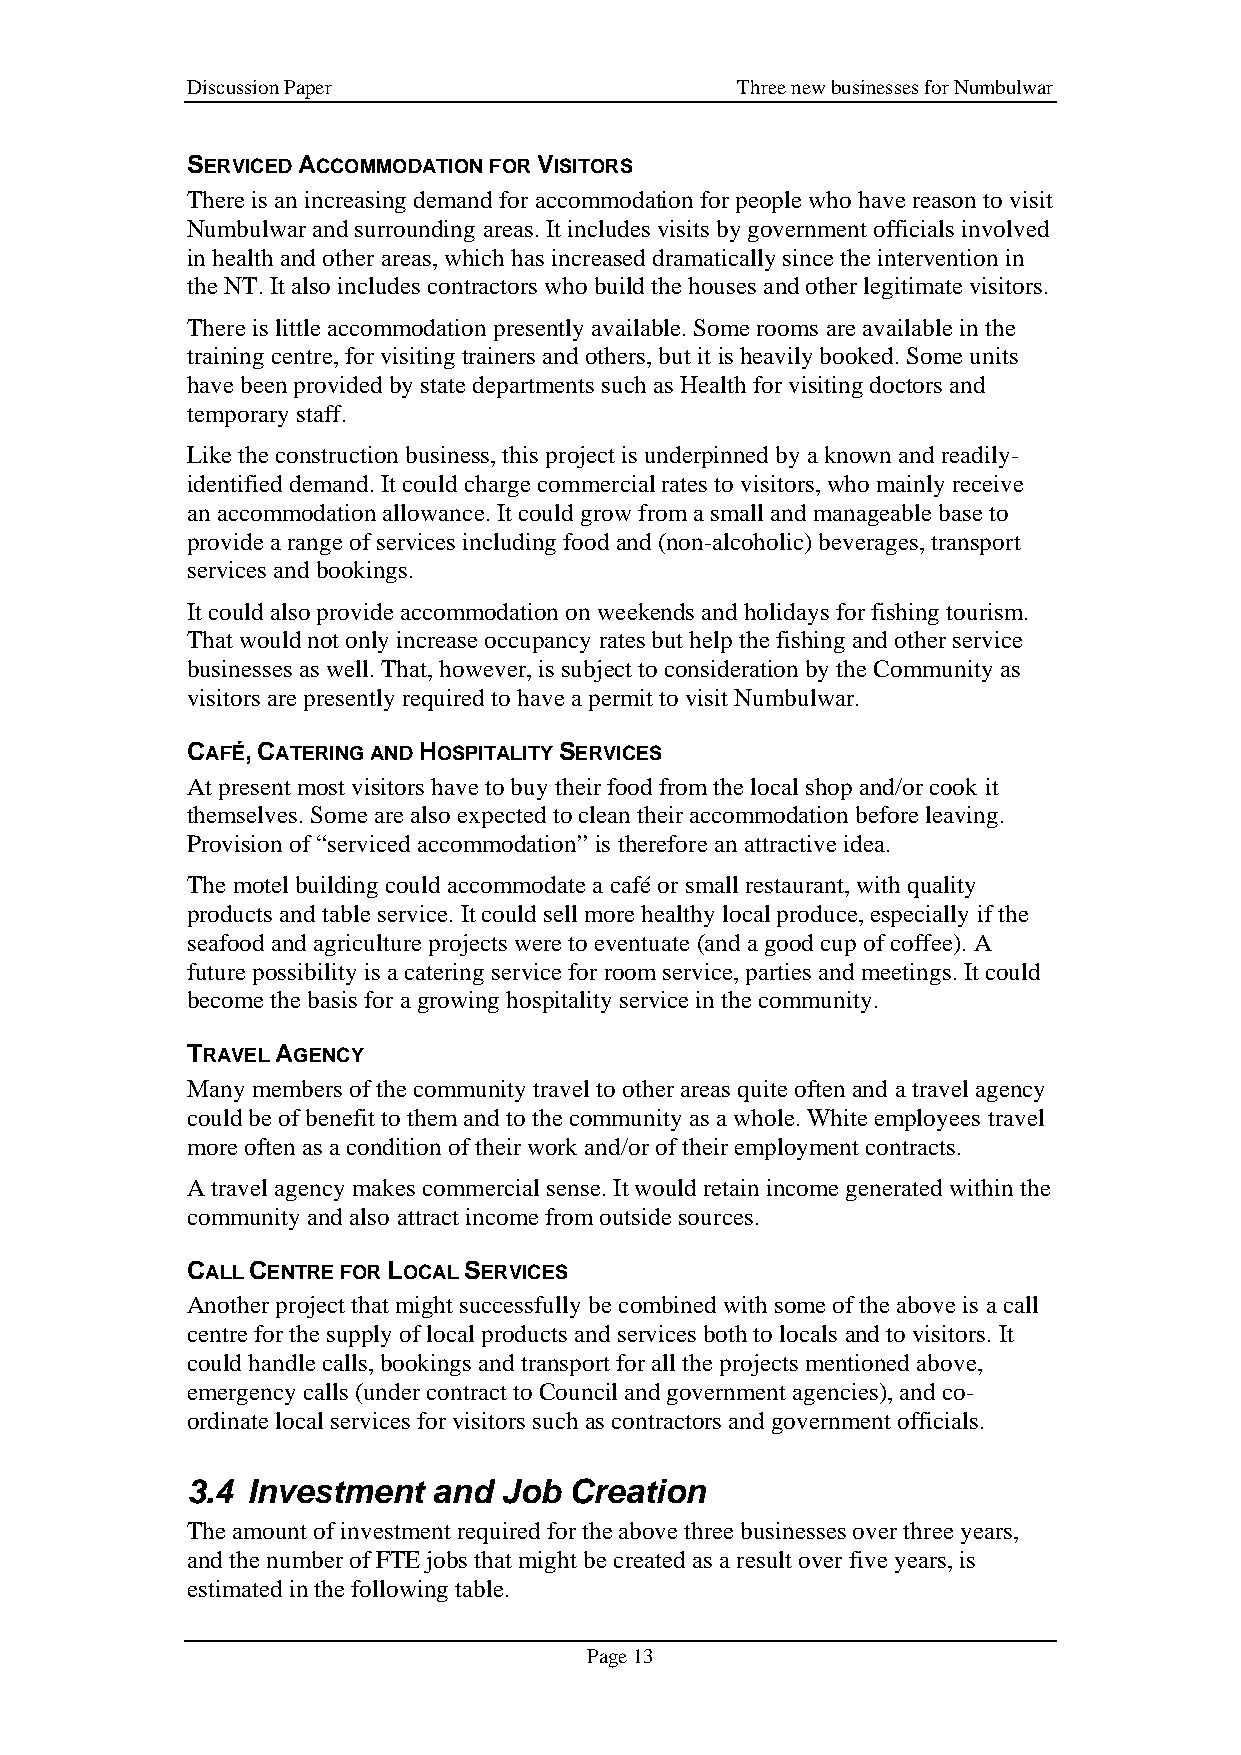
Discussion Paper                     Three new businesses for Numbulwar
 SERVICED ACCOMMODATION FOR VISITORS
 There is an increasing demand for accommodation for people who have reason to visit
 Numbulwar and surrounding areas. It includes visits by government officials involved
 in health and other areas, which has increased dramatically since the intervention in
 the NT. It also includes contractors who build the houses and other legitimate visitors.
 There is little accommodation presently available. Some rooms are available in the
 training centre, for visiting trainers and others, but it is heavily booked. Some units
 have been provided by state departments such as Health for visiting doctors and
 temporary staff.
 Like the construction business, this project is underpinned by a known and readily-
 identified demand. It could charge commercial rates to visitors, who mainly receive
 an accommodation allowance. It could grow from a small and manageable base to
 provide a range of services including food and (non-alcoholic) beverages, transport
 services and bookings.
 It could also provide accommodation on weekends and holidays for fishing tourism.
 That would not only increase occupancy rates but help the fishing and other service
 businesses as well. That, however, is subject to consideration by the Community as
 visitors are presently required to have a permit to visit Numbulwar.
 CAFÉ, CATERING AND HOSPITALITY SERVICES
 At present most visitors have to buy their food from the local shop and/or cook it
 themselves. Some are also expected to clean their accommodation before leaving.
 Provision of “serviced accommodation” is therefore an attractive idea.
 The motel building could accommodate a café or small restaurant, with quality
 products and table service. It could sell more healthy local produce, especially if the
 seafood and agriculture projects were to eventuate (and a good cup of coffee). A
 future possibility is a catering service for room service, parties and meetings. It could
 become the basis for a growing hospitality service in the community.
 TRAVEL AGENCY
 Many members of the community travel to other areas quite often and a travel agency
 could be of benefit to them and to the community as a whole. White employees travel
 more often as a condition of their work and/or of their employment contracts.
 A travel agency makes commercial sense. It would retain income generated within the
 community and also attract income from outside sources.
 CALL CENTRE FOR LOCAL SERVICES
 Another project that might successfully be combined with some of the above is a call
 centre for the supply of local products and services both to locals and to visitors. It
 could handle calls, bookings and transport for all the projects mentioned above,
 emergency calls (under contract to Council and government agencies), and co-
 ordinate local services for visitors such as contractors and government officials.
 3.4 Investment   and Job  Creation
 The amount of investment required for the above three businesses over three years,
 and the number of FTE jobs that might be created as a result over five years, is
 estimated in the following table.
 Page 13